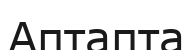
Аптапта